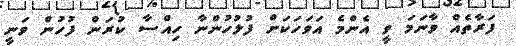
ފަރާތެއް ވާނަމަ ވީ އެންމެ އަވަހަކަށް ފުލުހުންނާ ހިއްސާ ކުރަން ފުހުން ވަނީ